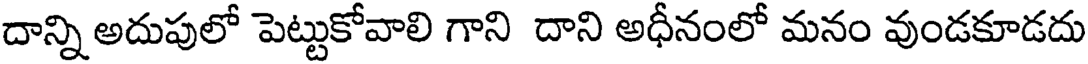
దాన్ని అదుపులో పెట్టుకోవాలి గాని దాని అధీనంలో మనం వుండకూడదు